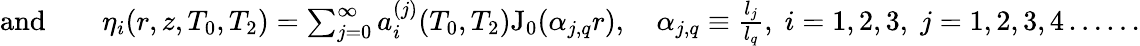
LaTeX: \begin{array}{rlr}{\textrm{and}}&{{}}&{\eta_{i}(r,z,T_{0},T_{2})=\sum_{j=0}^{\infty}a_{i}^{(j)}(T_{0},T_{2})\mathrm{J_{0}}(\alpha_{j,q}r),\quad\alpha_{j,q}\equiv\frac{l_{j}}{l_{q}},\; i=1,2,3,\; j=1,2,3,4\ldots\dots}\end{array}